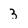
Character: 3